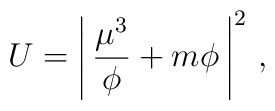
U = \left|\, \frac{\mu^3}{\phi}+m\phi\,\right|^2\, ,